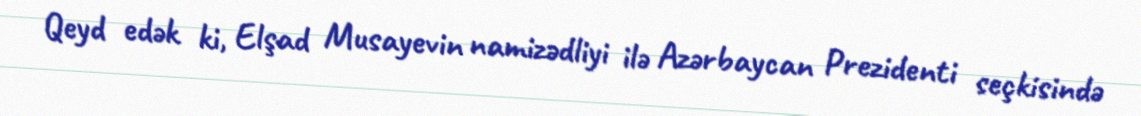
Qeyd edək ki, Elşad Musayevin namizədliyi ilə Azərbaycan Prezidenti seçkisində